Leaving Certificate Examination, 1918
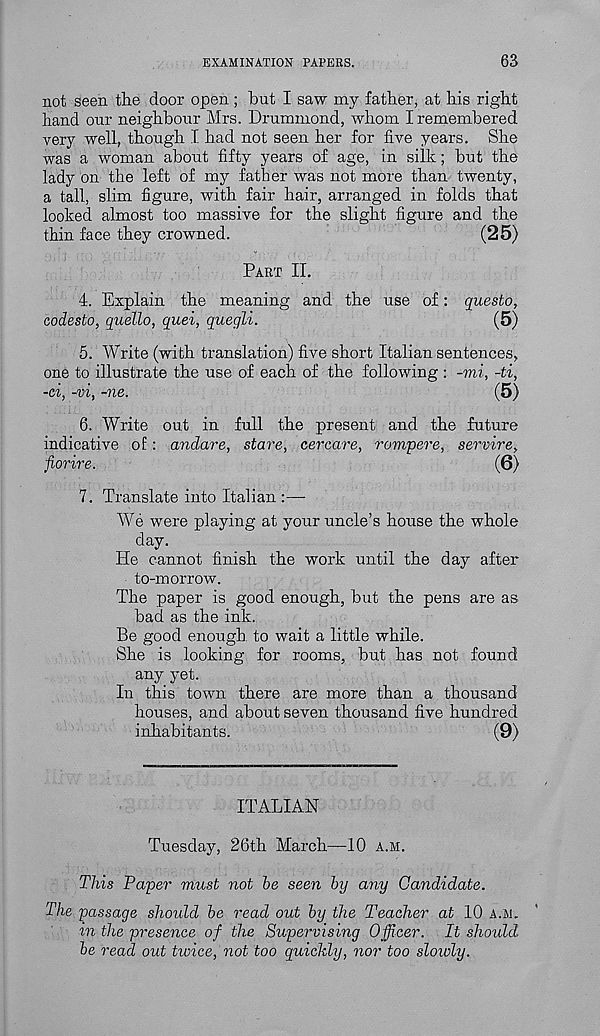
EXAMINATION PAPERS.
63
not seen the door open ; but I saw my father, at his right
hand our neighbour Mrs. Drummond, whom I remembered
very well, though I. had not seen her for five years. She
was a woman about fifty years of age, in silk; but the
lady on the left of my father was not more than twenty,
a tall, slim figure, with fair hair, arranged in folds that
looked almost too massive for the slight figure and the
thin face they crowned.
(25)
Part II.
4. Explain the meaning and the use of: questo,
codesto, quello, quei, quegli.
(5)
5. Write (with translation) five short Italian sentences,
one to illustrate the use of each of the following : -mi, -ti,
-ei, -vi, -ne.
(5)
6. Write out in full the present and the future
indicative of: andare, stare, cercare, rompere, servire,
ftorire.
(6)
7. Translate into Italian :—
We were playing at your uncle’s house the whole
day.
He cannot finish the work until the day after
to-morrow.
The paper is good enough, but the pens are as
bad as the ink.
Be good enough to wait a little while.
She is looking for rooms, but has not found
any yet.
In this town there are more than a thousand
houses, and. about seven thousand five hundred
inhabitants.
(9)
ITALIAN
Tuesday, 26th March—10 a.m.
This Paper must not he seen by any Candidate.
The passage should he read out by the Teacher at 10 a.m.
in the presence of the Supervising Officer. It should
he read out twice, not too quickly, nor too slowly.